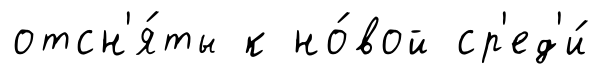
отсн'я́ты к но́вой ср'ед'и́